Calcutta medical institutions reports 1871-78
Year: 1871
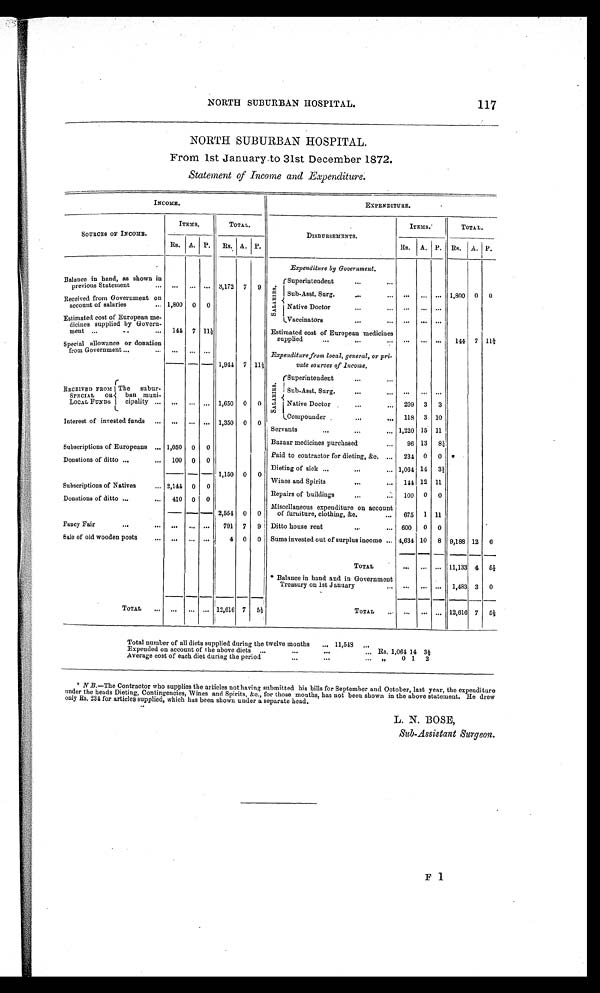
NORTH SUBURBAN HOSPITAL.
117
NORTH SUBURBAN HOSPITAL.
From 1st Januarv to 31st December 1872.
Statement of Income and Expenditure.
INCOME.
EXPENDITURE.
SOURCES OF INCOME.
ITEMS.
TOTAL,
DISBURSEMENTS.
ITEMS
TOTAL.
Rs. A. P. Rs. A. P.
Rs. A. P. Rs. A. P.
Expenditure by Government.
Balance in hand, as shown in
previous Statement
...
. . . ... 3,172 7 9
S AL ARI E S .
Superintendent
Received from Government on
account of salaries
1,800 0 0
Sub-Asst. Surg.
. . .
. . . . . . 1,800 0 0
... ... ...
Native Doctor
Estimated cost of European me-
dicines supplied by Govern-
ment
144 7 11½
Vaccinators
... ...
. . .
Estimated cost of European medicines
supplied
. . . ... ... 144 7 11½
Special allowance or donation
from Government
... ... ...
1,944 7 11½
Expenditure from local, general, or pri-
vate sources of income.
RECEIVED FROM
SPECIAL OR
LOCAL FUNDS
T h e s u b u r - ban muni-
cipality
... ... ... 1,650 0 0
S ALARI ES . Superintendent
Sub-Asst. Surg.
... ... ...
Native Doctor
299 3 3
Compounder
118 3 10
Interest of invested funds
... ... ... 1,350 0 0 Servants
1,220 15 11
Subscriptions of Europeans
1,050 0 0
Bazaar medicines purchased
9 6 13 8½
Donations of ditto
100 0 0
1,150 0 0
Paid to contractor for dieting, &c.
234 0 0 *
Dieting of sick
1,064 14 3½
144 12 11
Wines and Spirits
Subscriptions of Natives
2,144 0 0
Repairs of buildings
100 0 0
Donations of ditto
410 0 0
2,554 0 0
Miscellaneous expenditure on account
of furniture, clothing, &c.
675 1 11
Fancy Fair
... ... ... 791 7
9
Ditto house rent
600 0 0
.
Sale of old wooden posts
... ... ...
4 0 0 Sums invested out of surplus income
4,634 10 8 9,188 12 6
TOTAL
... ... ... 11,133 4 5½
* Balance in hand and in Government
Treasury on 1st January
... ... ... 1,483 3 0
TOTAL
... ... ... 12,616 7 5½
Total ... ... ... 12,616 7 5½
Total number of all diets supplied during the twelve months
... 11,548 ...
Expended on account of the above diets
...
. . . Rs 1,064 14 3½
Average cost of each diet during the period
...
...
, , 0 1 2
* N. B. — T h e C o n t r a c t o r w h o s u p p l i e s t h e a r t i c l e s n o t h a v i n g s u b m i t t e d h i s b i l l s f o r S e p t e m b e r a n d O c t o b e r , l a s t y e a r , t h e e x p e n d i t u r e
under the heads Dieting, Contingencies, Wines and Spirits, &c., for those months, has not been shown in the above statement. He drew
only Rs. 234 for articles supplied, which has been shown under a separate head.
L. N. BOSE,
Sub-Assistant Surgeon.
F 1